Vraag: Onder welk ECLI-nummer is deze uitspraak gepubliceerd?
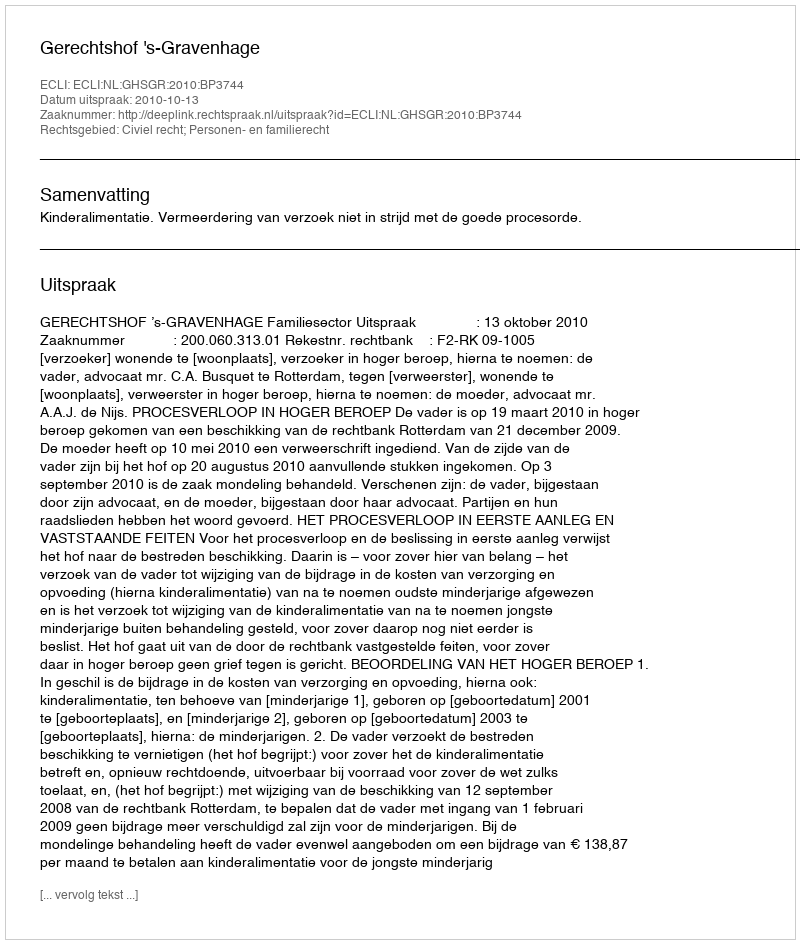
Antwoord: ECLI:NL:GHSGR:2010:BP3744